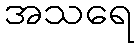
အသရေ